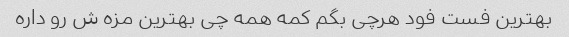
بهترین فست فود هرچی بگم کمه همه چی بهترین مزه ش رو داره